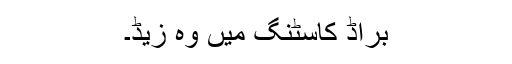
براڈ کاسٹنگ میں وہ زیڈ۔